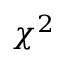
\chi ^ { 2 }